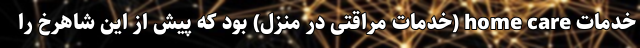
خدمات home care (خدمات مراقتی در منزل) بود که پیش از این شاهرخ را